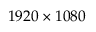
1 9 2 0 \times 1 0 8 0